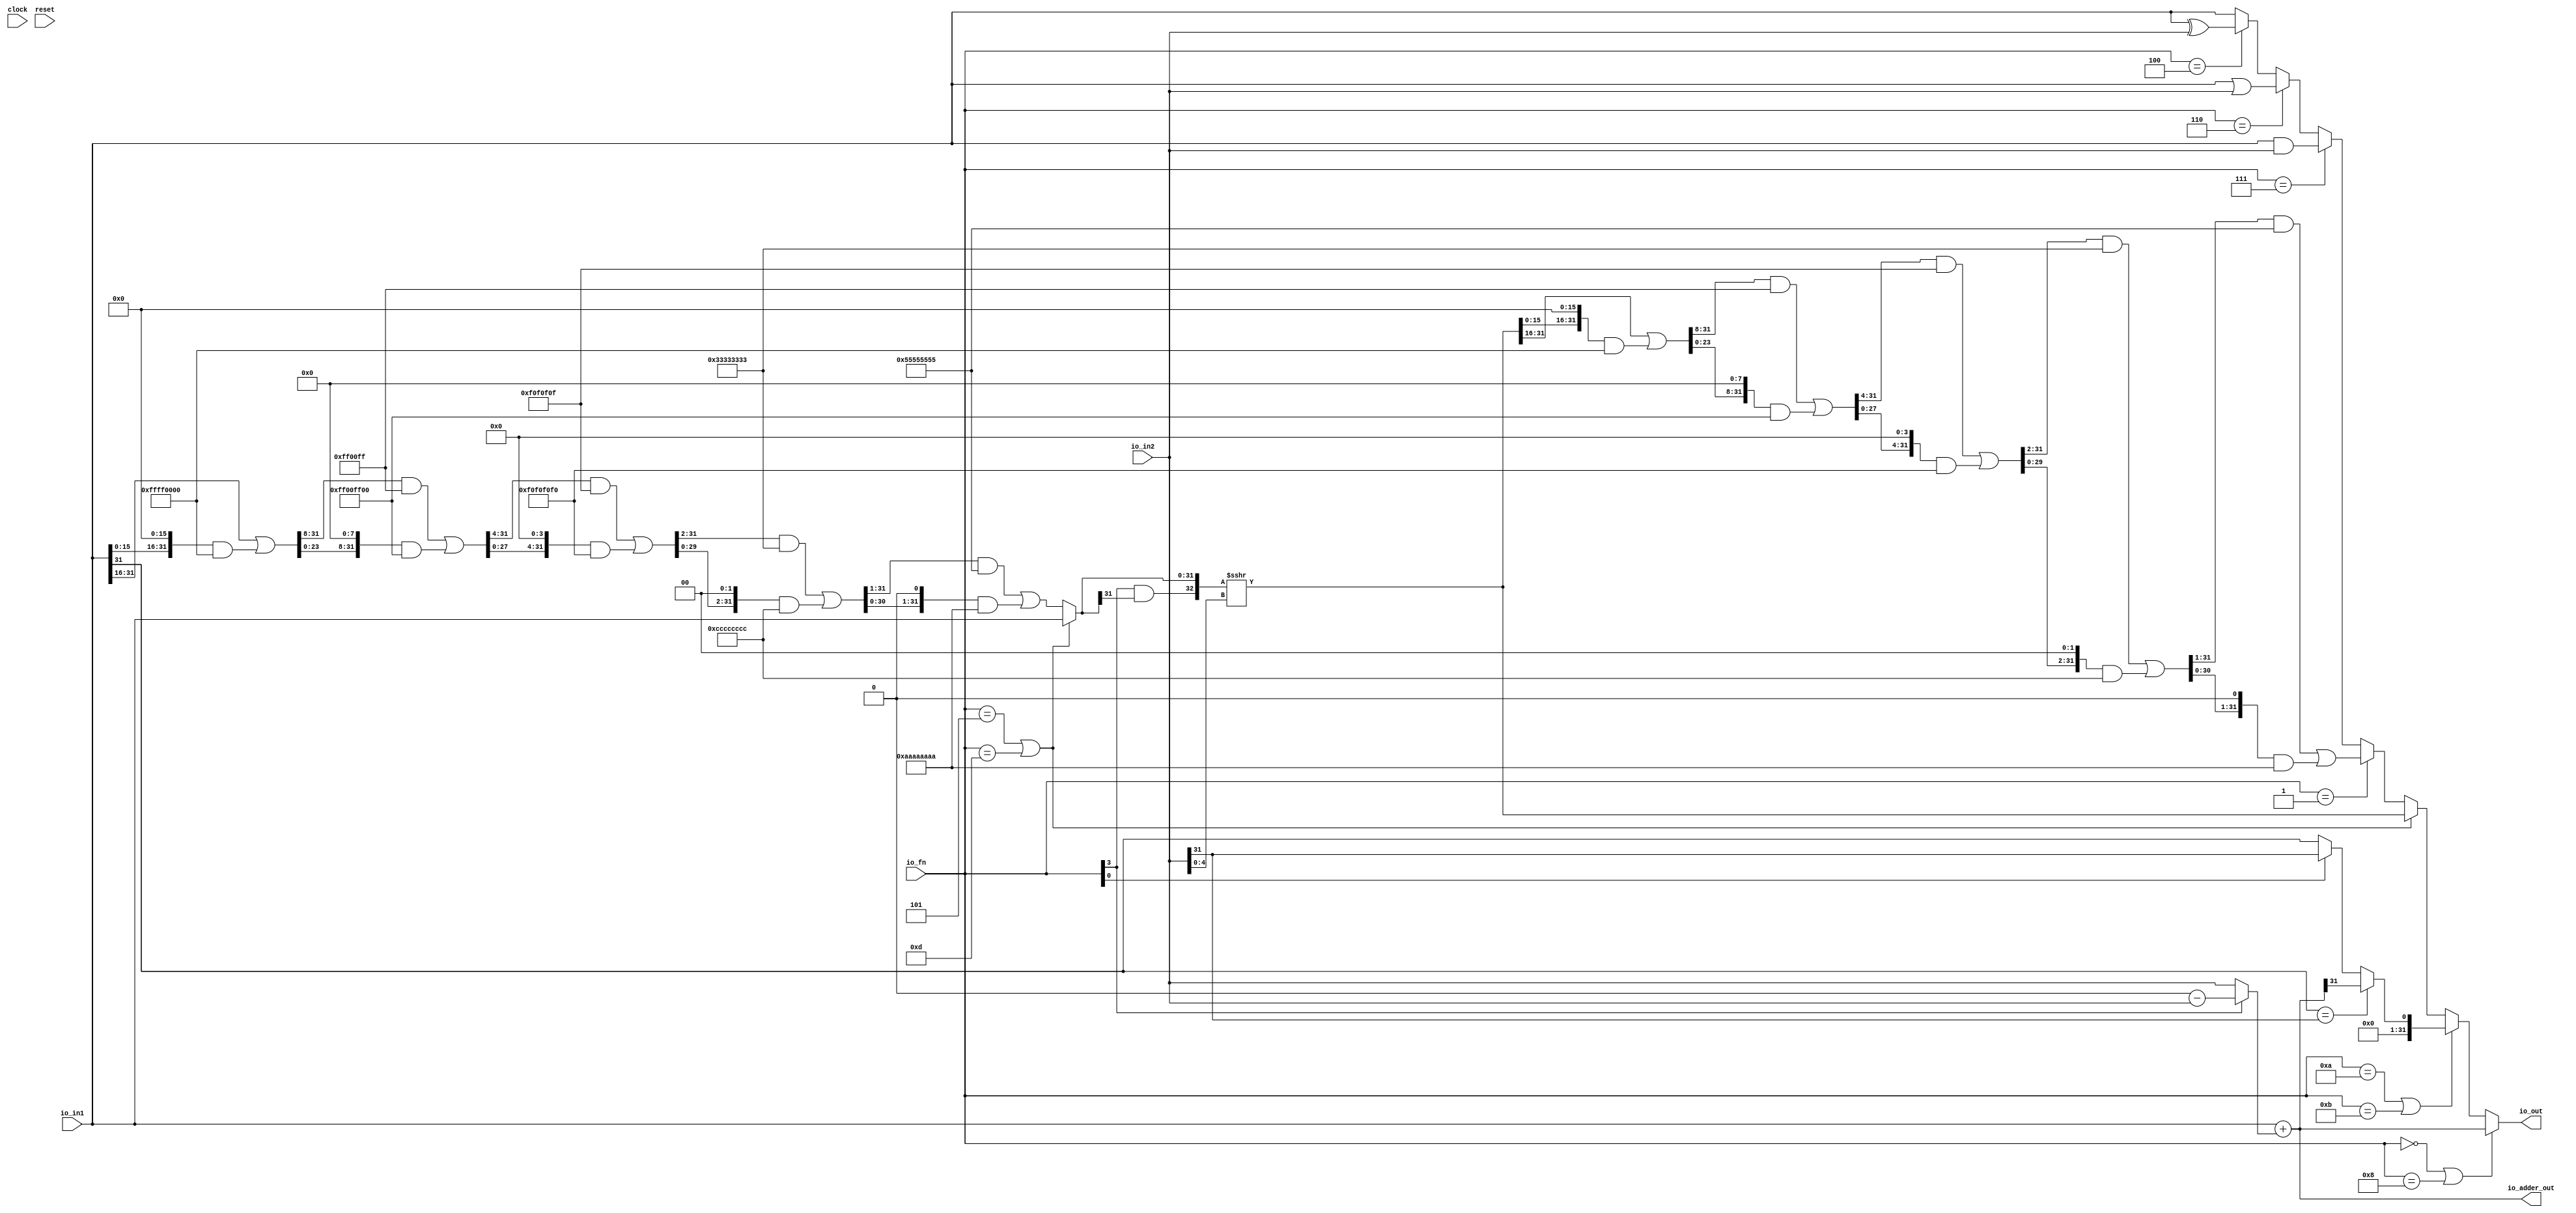
`ifdef RANDOMIZE_GARBAGE_ASSIGN
`define RANDOMIZE
`endif
`ifdef RANDOMIZE_INVALID_ASSIGN
`define RANDOMIZE
`endif
`ifdef RANDOMIZE_REG_INIT
`define RANDOMIZE
`endif
`ifdef RANDOMIZE_MEM_INIT
`define RANDOMIZE
`endif

module ALU(
  input         clock,
  input         reset,
  input  [3:0]  io_fn,
  input  [31:0] io_in2,
  input  [31:0] io_in1,
  output [31:0] io_out,
  output [31:0] io_adder_out
);
  wire  _T_12;
  wire [32:0] _T_14;
  wire [32:0] _T_15;
  wire [31:0] _T_16;
  wire [31:0] _T_17;
  wire [32:0] _T_18;
  wire [31:0] sum;
  wire  _T_19;
  wire  _T_20;
  wire  _T_21;
  wire  _T_22;
  wire  _T_23;
  wire  _T_26;
  wire  less;
  wire [4:0] shamt;
  wire  _T_27;
  wire  _T_28;
  wire  _T_29;
  wire [15:0] _T_34;
  wire [31:0] _T_35;
  wire [15:0] _T_36;
  wire [31:0] _GEN_0;
  wire [31:0] _T_37;
  wire [31:0] _T_39;
  wire [31:0] _T_40;
  wire [23:0] _T_44;
  wire [31:0] _GEN_1;
  wire [31:0] _T_45;
  wire [23:0] _T_46;
  wire [31:0] _GEN_2;
  wire [31:0] _T_47;
  wire [31:0] _T_49;
  wire [31:0] _T_50;
  wire [27:0] _T_54;
  wire [31:0] _GEN_3;
  wire [31:0] _T_55;
  wire [27:0] _T_56;
  wire [31:0] _GEN_4;
  wire [31:0] _T_57;
  wire [31:0] _T_59;
  wire [31:0] _T_60;
  wire [29:0] _T_64;
  wire [31:0] _GEN_5;
  wire [31:0] _T_65;
  wire [29:0] _T_66;
  wire [31:0] _GEN_6;
  wire [31:0] _T_67;
  wire [31:0] _T_69;
  wire [31:0] _T_70;
  wire [30:0] _T_74;
  wire [31:0] _GEN_7;
  wire [31:0] _T_75;
  wire [30:0] _T_76;
  wire [31:0] _GEN_8;
  wire [31:0] _T_77;
  wire [31:0] _T_79;
  wire [31:0] _T_80;
  wire [31:0] shin;
  wire  _T_82;
  wire  _T_83;
  wire [32:0] _T_84;
  wire [32:0] _T_85;
  wire [32:0] _T_86;
  wire [31:0] shout_r;
  wire [15:0] _T_91;
  wire [31:0] _T_92;
  wire [15:0] _T_93;
  wire [31:0] _GEN_9;
  wire [31:0] _T_94;
  wire [31:0] _T_96;
  wire [31:0] _T_97;
  wire [23:0] _T_101;
  wire [31:0] _GEN_10;
  wire [31:0] _T_102;
  wire [23:0] _T_103;
  wire [31:0] _GEN_11;
  wire [31:0] _T_104;
  wire [31:0] _T_106;
  wire [31:0] _T_107;
  wire [27:0] _T_111;
  wire [31:0] _GEN_12;
  wire [31:0] _T_112;
  wire [27:0] _T_113;
  wire [31:0] _GEN_13;
  wire [31:0] _T_114;
  wire [31:0] _T_116;
  wire [31:0] _T_117;
  wire [29:0] _T_121;
  wire [31:0] _GEN_14;
  wire [31:0] _T_122;
  wire [29:0] _T_123;
  wire [31:0] _GEN_15;
  wire [31:0] _T_124;
  wire [31:0] _T_126;
  wire [31:0] _T_127;
  wire [30:0] _T_131;
  wire [31:0] _GEN_16;
  wire [31:0] _T_132;
  wire [30:0] _T_133;
  wire [31:0] _GEN_17;
  wire [31:0] _T_134;
  wire [31:0] _T_136;
  wire [31:0] shout_l;
  wire  _T_137;
  wire [31:0] _T_138;
  wire  _T_139;
  wire [31:0] _T_140;
  wire  _T_141;
  wire [31:0] _T_142;
  wire [31:0] _T_143;
  wire [31:0] _T_144;
  wire [31:0] bitwise_logic;
  wire  _T_145;
  wire  _T_146;
  wire  _T_147;
  wire  _T_148;
  wire  _T_149;
  wire  _T_150;
  wire  _T_154;
  wire [31:0] _T_155;
  wire [31:0] _T_156;
  wire [31:0] _T_157;
  wire [31:0] out_xpr_length;
  assign io_out = out_xpr_length;
  assign io_adder_out = sum;
  assign _T_12 = io_fn[3];
  assign _T_14 = 32'h0 - io_in2;
  assign _T_15 = $unsigned(_T_14);
  assign _T_16 = _T_15[31:0];
  assign _T_17 = _T_12 ? _T_16 : io_in2;
  assign _T_18 = io_in1 + _T_17;
  assign sum = _T_18[31:0];
  assign _T_19 = io_in1[31];
  assign _T_20 = io_in2[31];
  assign _T_21 = _T_19 == _T_20;
  assign _T_22 = sum[31];
  assign _T_23 = io_fn[0];
  assign _T_26 = _T_23 ? _T_20 : _T_19;
  assign less = _T_21 ? _T_22 : _T_26;
  assign shamt = io_in2[4:0];
  assign _T_27 = io_fn == 4'h5;
  assign _T_28 = io_fn == 4'hd;
  assign _T_29 = _T_27 | _T_28;
  assign _T_34 = io_in1[31:16];
  assign _T_35 = {{16'd0}, _T_34};
  assign _T_36 = io_in1[15:0];
  assign _GEN_0 = {{16'd0}, _T_36};
  assign _T_37 = _GEN_0 << 16;
  assign _T_39 = _T_37 & 32'hffff0000;
  assign _T_40 = _T_35 | _T_39;
  assign _T_44 = _T_40[31:8];
  assign _GEN_1 = {{8'd0}, _T_44};
  assign _T_45 = _GEN_1 & 32'hff00ff;
  assign _T_46 = _T_40[23:0];
  assign _GEN_2 = {{8'd0}, _T_46};
  assign _T_47 = _GEN_2 << 8;
  assign _T_49 = _T_47 & 32'hff00ff00;
  assign _T_50 = _T_45 | _T_49;
  assign _T_54 = _T_50[31:4];
  assign _GEN_3 = {{4'd0}, _T_54};
  assign _T_55 = _GEN_3 & 32'hf0f0f0f;
  assign _T_56 = _T_50[27:0];
  assign _GEN_4 = {{4'd0}, _T_56};
  assign _T_57 = _GEN_4 << 4;
  assign _T_59 = _T_57 & 32'hf0f0f0f0;
  assign _T_60 = _T_55 | _T_59;
  assign _T_64 = _T_60[31:2];
  assign _GEN_5 = {{2'd0}, _T_64};
  assign _T_65 = _GEN_5 & 32'h33333333;
  assign _T_66 = _T_60[29:0];
  assign _GEN_6 = {{2'd0}, _T_66};
  assign _T_67 = _GEN_6 << 2;
  assign _T_69 = _T_67 & 32'hcccccccc;
  assign _T_70 = _T_65 | _T_69;
  assign _T_74 = _T_70[31:1];
  assign _GEN_7 = {{1'd0}, _T_74};
  assign _T_75 = _GEN_7 & 32'h55555555;
  assign _T_76 = _T_70[30:0];
  assign _GEN_8 = {{1'd0}, _T_76};
  assign _T_77 = _GEN_8 << 1;
  assign _T_79 = _T_77 & 32'haaaaaaaa;
  assign _T_80 = _T_75 | _T_79;
  assign shin = _T_29 ? io_in1 : _T_80;
  assign _T_82 = shin[31];
  assign _T_83 = _T_12 & _T_82;
  assign _T_84 = {_T_83,shin};
  assign _T_85 = $signed(_T_84);
  assign _T_86 = $signed(_T_85) >>> shamt;
  assign shout_r = _T_86[31:0];
  assign _T_91 = shout_r[31:16];
  assign _T_92 = {{16'd0}, _T_91};
  assign _T_93 = shout_r[15:0];
  assign _GEN_9 = {{16'd0}, _T_93};
  assign _T_94 = _GEN_9 << 16;
  assign _T_96 = _T_94 & 32'hffff0000;
  assign _T_97 = _T_92 | _T_96;
  assign _T_101 = _T_97[31:8];
  assign _GEN_10 = {{8'd0}, _T_101};
  assign _T_102 = _GEN_10 & 32'hff00ff;
  assign _T_103 = _T_97[23:0];
  assign _GEN_11 = {{8'd0}, _T_103};
  assign _T_104 = _GEN_11 << 8;
  assign _T_106 = _T_104 & 32'hff00ff00;
  assign _T_107 = _T_102 | _T_106;
  assign _T_111 = _T_107[31:4];
  assign _GEN_12 = {{4'd0}, _T_111};
  assign _T_112 = _GEN_12 & 32'hf0f0f0f;
  assign _T_113 = _T_107[27:0];
  assign _GEN_13 = {{4'd0}, _T_113};
  assign _T_114 = _GEN_13 << 4;
  assign _T_116 = _T_114 & 32'hf0f0f0f0;
  assign _T_117 = _T_112 | _T_116;
  assign _T_121 = _T_117[31:2];
  assign _GEN_14 = {{2'd0}, _T_121};
  assign _T_122 = _GEN_14 & 32'h33333333;
  assign _T_123 = _T_117[29:0];
  assign _GEN_15 = {{2'd0}, _T_123};
  assign _T_124 = _GEN_15 << 2;
  assign _T_126 = _T_124 & 32'hcccccccc;
  assign _T_127 = _T_122 | _T_126;
  assign _T_131 = _T_127[31:1];
  assign _GEN_16 = {{1'd0}, _T_131};
  assign _T_132 = _GEN_16 & 32'h55555555;
  assign _T_133 = _T_127[30:0];
  assign _GEN_17 = {{1'd0}, _T_133};
  assign _T_134 = _GEN_17 << 1;
  assign _T_136 = _T_134 & 32'haaaaaaaa;
  assign shout_l = _T_132 | _T_136;
  assign _T_137 = io_fn == 4'h7;
  assign _T_138 = io_in1 & io_in2;
  assign _T_139 = io_fn == 4'h6;
  assign _T_140 = io_in1 | io_in2;
  assign _T_141 = io_fn == 4'h4;
  assign _T_142 = io_in1 ^ io_in2;
  assign _T_143 = _T_141 ? _T_142 : io_in1;
  assign _T_144 = _T_139 ? _T_140 : _T_143;
  assign bitwise_logic = _T_137 ? _T_138 : _T_144;
  assign _T_145 = io_fn == 4'h0;
  assign _T_146 = io_fn == 4'h8;
  assign _T_147 = _T_145 | _T_146;
  assign _T_148 = io_fn == 4'ha;
  assign _T_149 = io_fn == 4'hb;
  assign _T_150 = _T_148 | _T_149;
  assign _T_154 = io_fn == 4'h1;
  assign _T_155 = _T_154 ? shout_l : bitwise_logic;
  assign _T_156 = _T_29 ? shout_r : _T_155;
  assign _T_157 = _T_150 ? {{31'd0}, less} : _T_156;
  assign out_xpr_length = _T_147 ? sum : _T_157;
endmodule